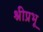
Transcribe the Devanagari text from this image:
श्रीप्रभू